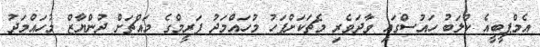
އެމްޕީބީއެ ކްލަބު ހައުސްގައި ވާދަވެރި މެޗަކަށްފަހު މުހައްމަދު ފަރީމްގެ މައްޗަށް ދުންޔާޒް މުހައްމަދު